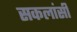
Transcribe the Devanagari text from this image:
सकलांसी